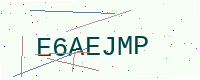
Text: E6AEJMP